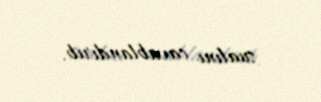
sualını cavablandırıb.